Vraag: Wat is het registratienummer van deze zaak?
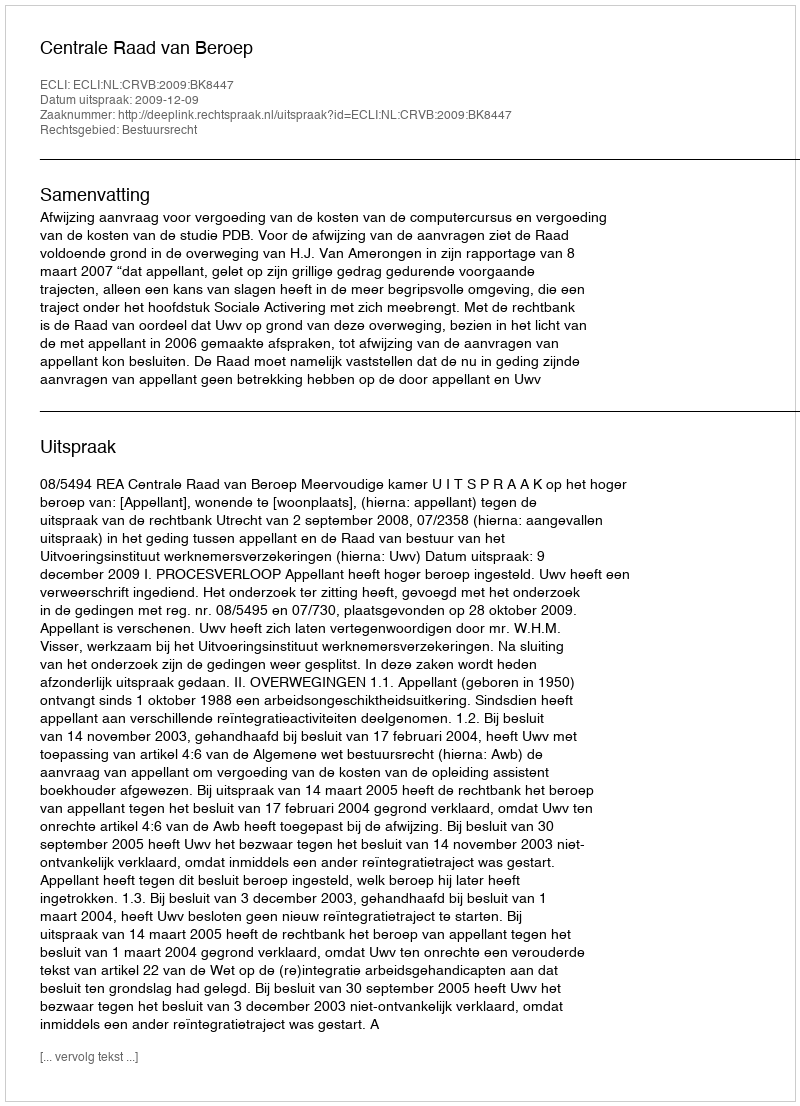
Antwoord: http://deeplink.rechtspraak.nl/uitspraak?id=ECLI:NL:CRVB:2009:BK8447